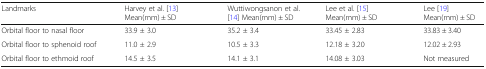
| Landmarks | Harvey et al. [13] Mean(mm) ± SD | Wuttiwongsanon et al. [14] Mean(mm) ± SD | Lee et al. [15] Mean(mm) ± SD | Lee [19] Mean(mm) ± SD |
 | --- | --- | --- | --- | --- |
 | Orbital floor to nasal floor | 33.9 ± 3.0 | 35.2 ± 3.4 | 33.45 ± 2.83 | 33.83 ± 3.40 |
 | Orbital floor to sphenoid roof | 11.0 ± 2.9 | 10.5 ± 3.3 | 12.18 ± 3.20 | 12.02 ± 2.93 |
 | Orbital floor to ethmoid roof | 14.5 ± 3.5 | 14.1 ± 3.1 | 14.08 ± 3.03 | Not measured |